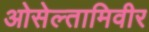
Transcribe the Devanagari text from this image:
ओसेल्तामिवीर